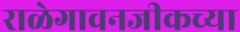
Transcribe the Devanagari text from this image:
राळेगावनजीकच्या